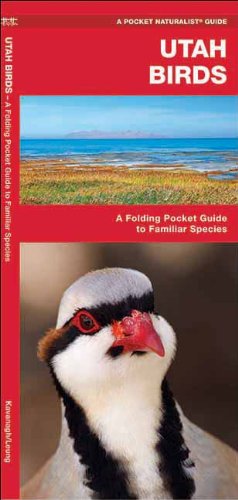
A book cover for Utah Birds: A Folding Pocket Guide to Familiar Species (Pocket Naturalist Guide Series); James Kavanagh; Travel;